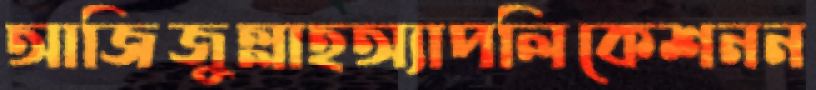
আজিজুল্লাহঅ্যাপলিকেশনন